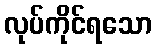
လုပ်ကိုင်ရသော